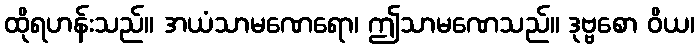
ထိုရဟန်းသည်။ အယံသာမဏေရော၊ ဤသာမဏေသည်။ ဒုဗ္ဗစော ဝိယ၊